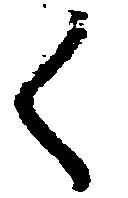
く